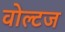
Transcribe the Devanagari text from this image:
वोल्टज